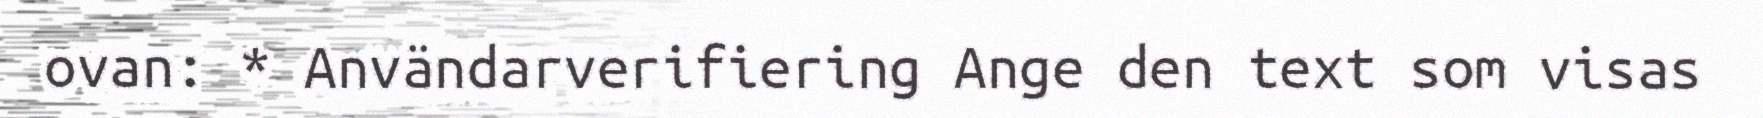
ovan: * Användarverifiering Ange den text som visas